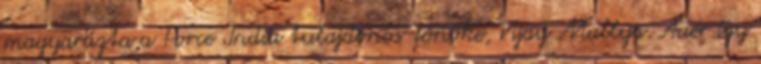
magyarázta a Force India tulajdonos-főnöke, Vijay Mallya. Auer így